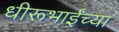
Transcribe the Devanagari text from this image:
धीरूभाईंच्या